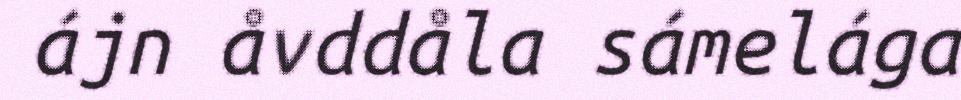
ájn åvddåla sámelága